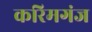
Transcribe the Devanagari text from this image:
करिमगंज